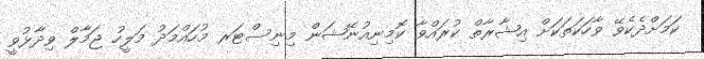
ކަމަށްދެކެވޭ ވާހަކަތަކަށް އިޝާރާތް ކުރައްވާ ކޮމިނިއުނޭޝަން މިނިސްޓަރ މުހައްމަދު މަލީހު ޖަމާލް ވިދާޅުވީ